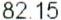
82.15